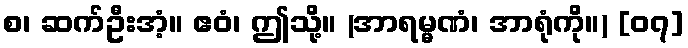
စ၊ ဆက်ဦးအံ့။ ဧဝံ၊ ဤသို့။ (အာရမ္မဏံ၊ အာရုံကို။) [၀၇]